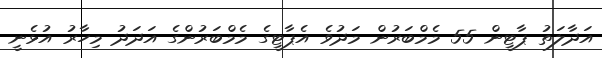
އަދާލަތު ޕާޓީން 55 މެމްބަރުން މަދުވެ އެޕާޓީގެ މެމްބަރުންގެ އަދަދު މިހާރު އުޅެނީ